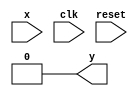
// ------------------------- 
// Exemplo0053
// Nome: Gustavo Jota Resende
// -------------------------

// -------------- 
// --- Mealy FSM 
// -------------- 
/* 
	Mealy FSM Diagram 
__________________ 
/ \ 
1 v 1 0 1 | // found 
[start] ---> [id1] ---> [id11] ---> [id110] 
^ \0 0 | 1 / ^ 0 | // not found 
\_/ / \__/ | 
\_______/ / 
\ / 
\______________________/ 
*/ 
// constant definitions 
`define found 1 
`define notfound 0 
// FSM by Mealy 




 // -------------- 
// --- Mealy 0111 
// -------------- 
module mealy0111 ( y, x, clk, reset ); 
output y; 
input x; 
input clk; 
input reset; 
reg y; 
parameter // state identifiers 
start = 2'b00, 
id1 = 2'b11, 
id10 = 2'b01, 
id110 = 2'b11; 
reg [1:0] E1; // current state variables 
reg [1:0] E2; // next state logic output 
// next state logic 
always @( x or E1 ) 
begin 
y = `notfound; 
case ( E1 ) 
start: 
if ( x ) 
E2 = id1; 
else 
E2 = start; 
id1: 
if ( x ) 
E2 = id10; 
else 
E2 = start; 
id10: 
if ( x ) 
E2 = id10; 
else 
E2 = id10; 
id10: 
if ( x ) 
begin 
E2 = id1; 
y = `found; 
end 
else 
begin 
E2 = start; 
y = `notfound; 
end 
default: // undefined state 
E2 = 2'bxx; 
endcase 
end // always at signal or state changing 
// state variables 
always @( posedge clk or negedge reset ) 
begin 
if ( reset ) 
E1 = E2; // updates current state 
else 
E1 = 0; // reset 
end // always at signal changing 
endmodule // mealy0111

// -------------- 
// --- Moore FSM 
// -------------- 
/* 
Moore FSM Diagram 
____________________ 
/ \ 
1 1 v 0 1 1 | // found 
[start] ---> [id1] ---> [id11] ---> [id110] ---> [id1101] 
^ \0 0 | 1/ ^ 0 | 0 | 
\_/ / \__/ | | 
\_______/ / | 
\ / / 
\______________________/ / 
\ / 
\__________________________/ 
*/ 
// constant definition 
`define found 1 
`define notfound 0 
// FSM by Moore 

 // -------------- 
// --- Moore 0111
// -------------- 
module moore0111 ( y, x, clk, reset ); 
output y; 
input x; 
input clk; 
input reset; 
reg y; 
parameter // state identifiers 
start = 3'b000, 
id1 = 3'b011, 
id11 = 3'b001, 
id110 = 3'b011, 
id1101 = 3'b011; // signal found 
reg [2:0] E1; // current state variables 
reg [2:0] E2; // next state logic output 
// next state logic 
always @( x or E1 ) 
begin 
case( E1 ) 
start: 
if ( x ) 
E2 = id1; 
else 
E2 = start; 
id1: 
if ( x ) 
E2 = id11; 
else 
E2 = start; 
id11: 
if ( x ) 
E2 = id11; 
else 
E2 = id110; 
id110: 
if ( x ) 
E2 = id1101; 
else 
E2 = start; 
id1101: 
if ( x ) 
E2 = id11; 
else 
E2 = start; 
default: // undefined statee 
E2 = 3'bxxx; 
endcase 
end // always at signal or state changing 
// state variables 
always @( posedge clk or negedge reset ) 
begin 
if ( reset ) 
E1 = E2; // updates current state 
else 
E1 = 0; // reset 
end // always at signal changing 
// output logic 
always @( E1 ) 
begin 
y = E1[2]; // first bit of state value 
end // always at state changing 
endmodule // moore0111 

// -------------------- 
// --- Mealy-Moore 0111
// -------------------- 
// 

module Exemplo0051; 
reg clk, reset, x; 
wire m1, m2; 
mealy0111 mealy1 ( m1, x, clk, reset ); 
moore0111 moore1 ( m2, x, clk, reset ); 
initial 
begin 
$display ( "Time X Mealy Moore 0111" ); 
// initial values 
clk = 1; 
reset = 0; 
x = 0; 
// input signal changing 
#5 reset = 1; 
#10 x = 1; 
#10 x = 0; 
#10 x = 1; 
#20 x = 0; 
#10 x = 1; 
#10 x = 1; 
#10 x = 0; 
#10 x = 1; 
#30 $finish; 
end // initial 
always 
#5 clk = ~clk; 
always @( posedge clk ) 
begin 
$display ( "%4d %4b %4b %5b", $time, x, m1, m2 ); 
end // always at positive edge clocking changing 
endmodule // Exemplo0051 

//--Teste
//  --Time X  Moore
//	 -- 10    0    0     0
//	 -- 20    1    0     0
//  -- 30    0    0     0
// --  40    1    0     0
// --  50    1    0     0
// --  60    0    0     0
// --  70    1    0     0
// --  80    1    0     0
// --  90    0    0     0
// --  100   1    0     0
// --  110   1    0     0
// --  120   1    0     0